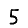
Digit: 5